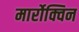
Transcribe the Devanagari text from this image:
मार्रोक्विन